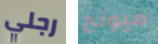
رجلي ميونخ